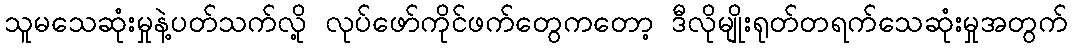
သူမသေဆုံးမှုနဲ့ပတ်သက်လို့ လုပ်ဖော်ကိုင်ဖက်တွေကတော့ ဒီလိုမျိုးရုတ်တရက်သေဆုံးမှုအတွက်